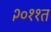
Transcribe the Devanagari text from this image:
२०११त